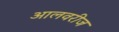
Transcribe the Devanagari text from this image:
आलवरीज